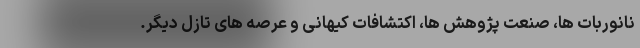
نانوربات ها، صنعت پژوهش ها، اکتشافات کیهانی و عرصه های تازل دیگر.